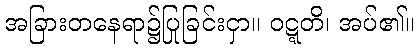
အခြားတနေရာ၌ပြုခြင်းငှာ။ ဝဋ္ဋတိ၊ အပ်၏။